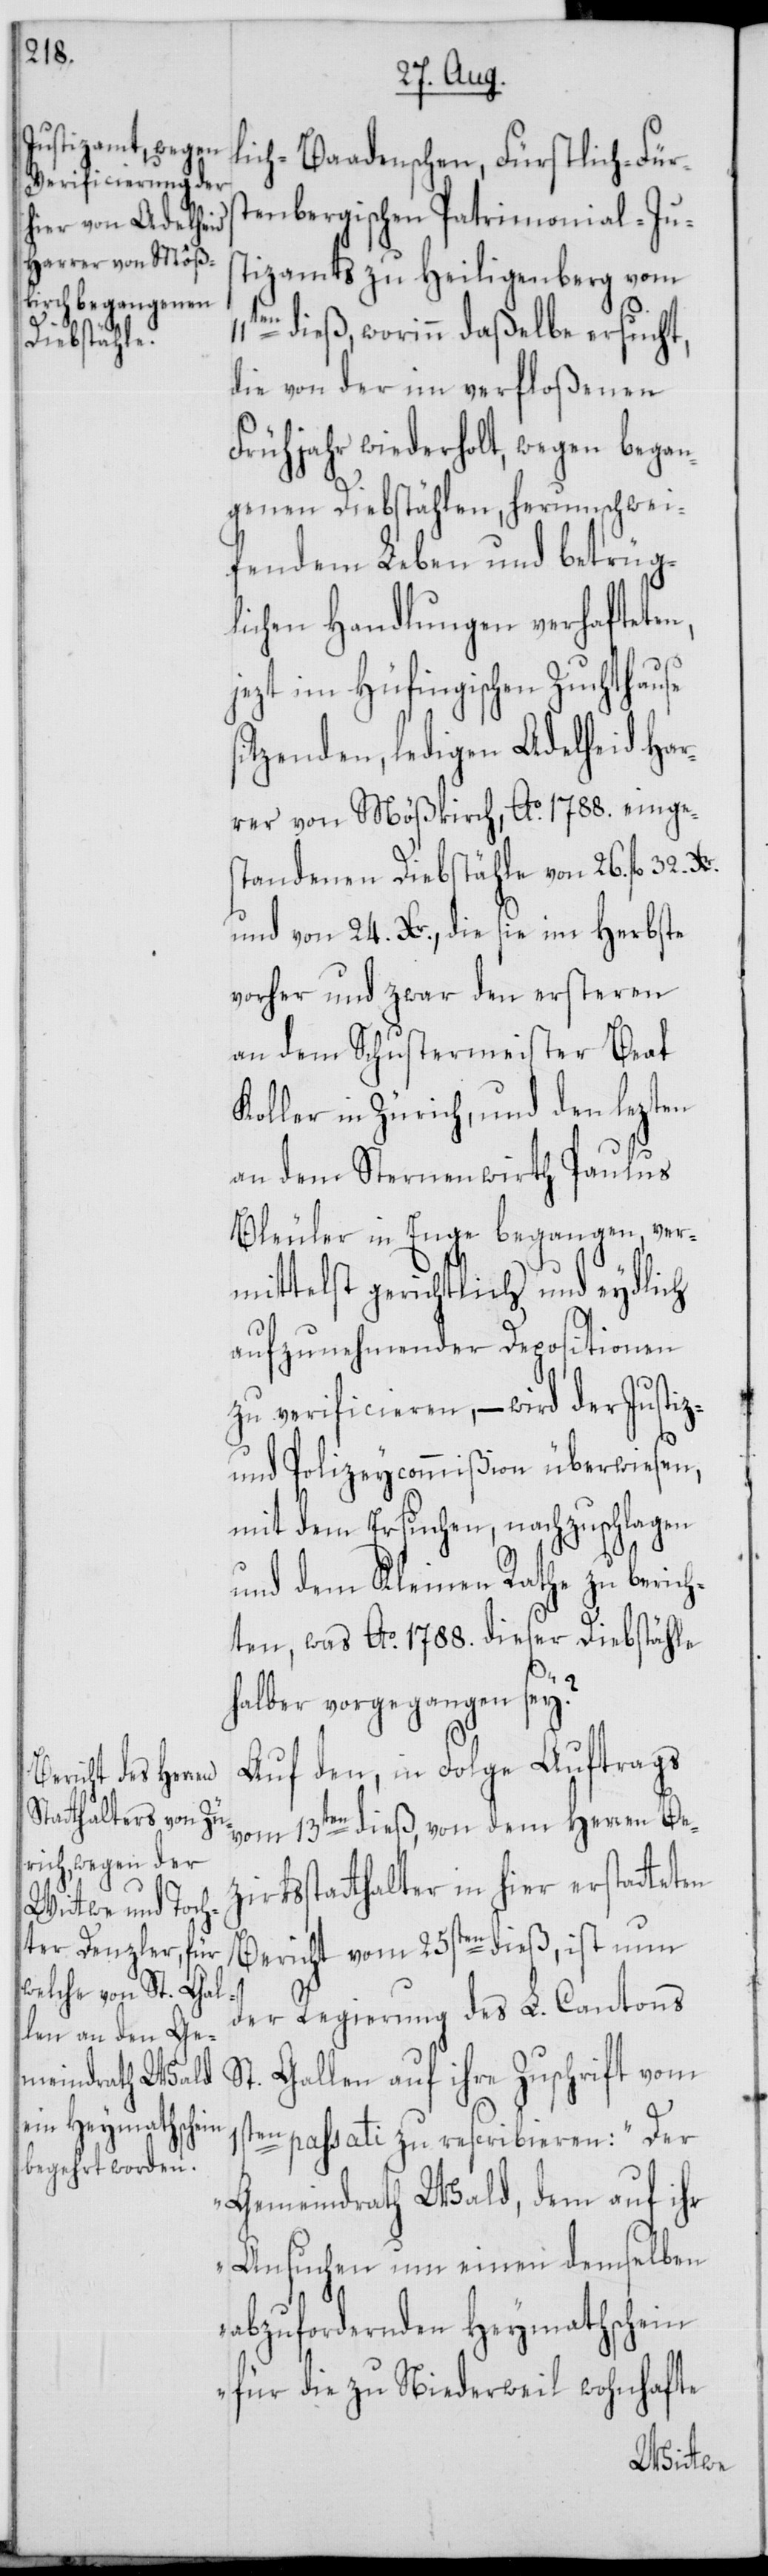
lich-Baadenschen, Fürstlich-Fürs¬
tenbergischen Patriominial-Jus¬
tizamts zu Heiligenberg vom
1s¬
en dieß, worinn daßelbe ersucht,
die von der im verfloßenen
Frühjahr wiederholt, wegen began¬
genen Diebstählen, herumschwei¬
fendem Leben und betrüg¬
lichen Handlungen verhafteten,
jezt im Hüfingischen Zuchthause
itzenden, ledigen Adelheid Har¬
rer von Mößkirch, Ao. 1788. einges¬
tandenen Diebstähle von 26. fl. 32.
und von 24. Xr., die sie im Herbste
vorher und zwar den ersteren
an dem Schustermeister Beat
Koller in Zürich, und den lezten
an dem Sternenwirth Paulus
Bleuler in Enge begangen, ver¬
mittelst gerichtlich und eydlich
aufzunehmender Depositionen
zu verificieren, – wird der Justiz-
und Polizeycommißion überwiesen,
mit dem Ersuchen, nachzuschlagen
und dem Kleinen Rathe zu berich¬
ten, was Ao. 1788. dieser Diebstähle
halber vorgegangen sey?
Auf den, in Folge Auftrags
vom 13ten dieß, von dem Herren Bez¬
irksstatthalter in hier erstatteten
Bericht vom 25sten dieß, ist nun
der Regierung des L. Cantons
ten passati zu rescribieren: „Der
Gemeindrath Wald, dem auf ihr
Ansuchen um einen demselben
abzufordernden Heymathschein
für die zu Niederweil wohnhafte